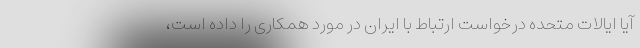
آیا ایالات متحده درخواست ارتباط با ایران در مورد همکاری را داده است،